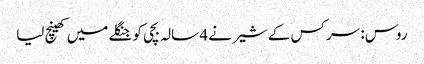
روس: سرکس کے شیر نے 4 سالہ بچی کو جنگلے میں کھینچ لیا